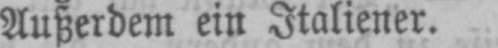
Außerdem ein Italiener.